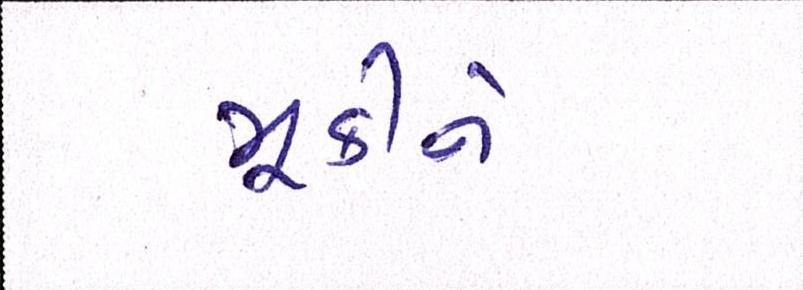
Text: મૂકીને